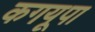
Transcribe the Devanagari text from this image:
कगयूपा